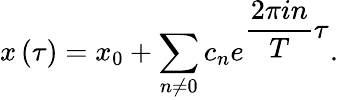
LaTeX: x\left(\tau\right)=x_{0}+\sum_{n\neq 0}c_{n}e^{\displaystyle\frac{2\pi in}{T}\tau}.